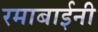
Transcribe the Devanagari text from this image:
रमाबाईनी